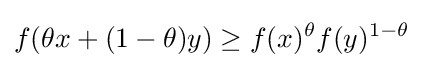
f(\theta x+(1-\theta )y)\geq f(x)^{\theta }f(y)^{1-\theta }